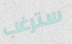
سترغب